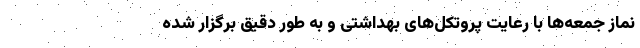
نماز جمعه‌ها با رعایت پروتکل‌های بهداشتی و به طور دقیق برگزار شده